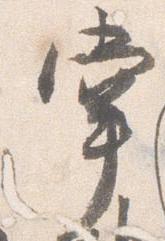
掌